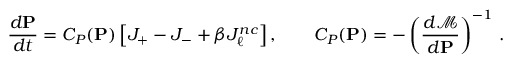
\frac { d \mathbf { P } } { d t } = C _ { P } ( \mathbf { P } ) \left[ J _ { + } - J _ { - } + \beta J _ { \ell } ^ { n c } \right] , \qquad C _ { P } ( \mathbf { P } ) = - \left( { \frac { d \mathcal { M } } { d \mathbf { P } } } \right) ^ { - 1 } \, .